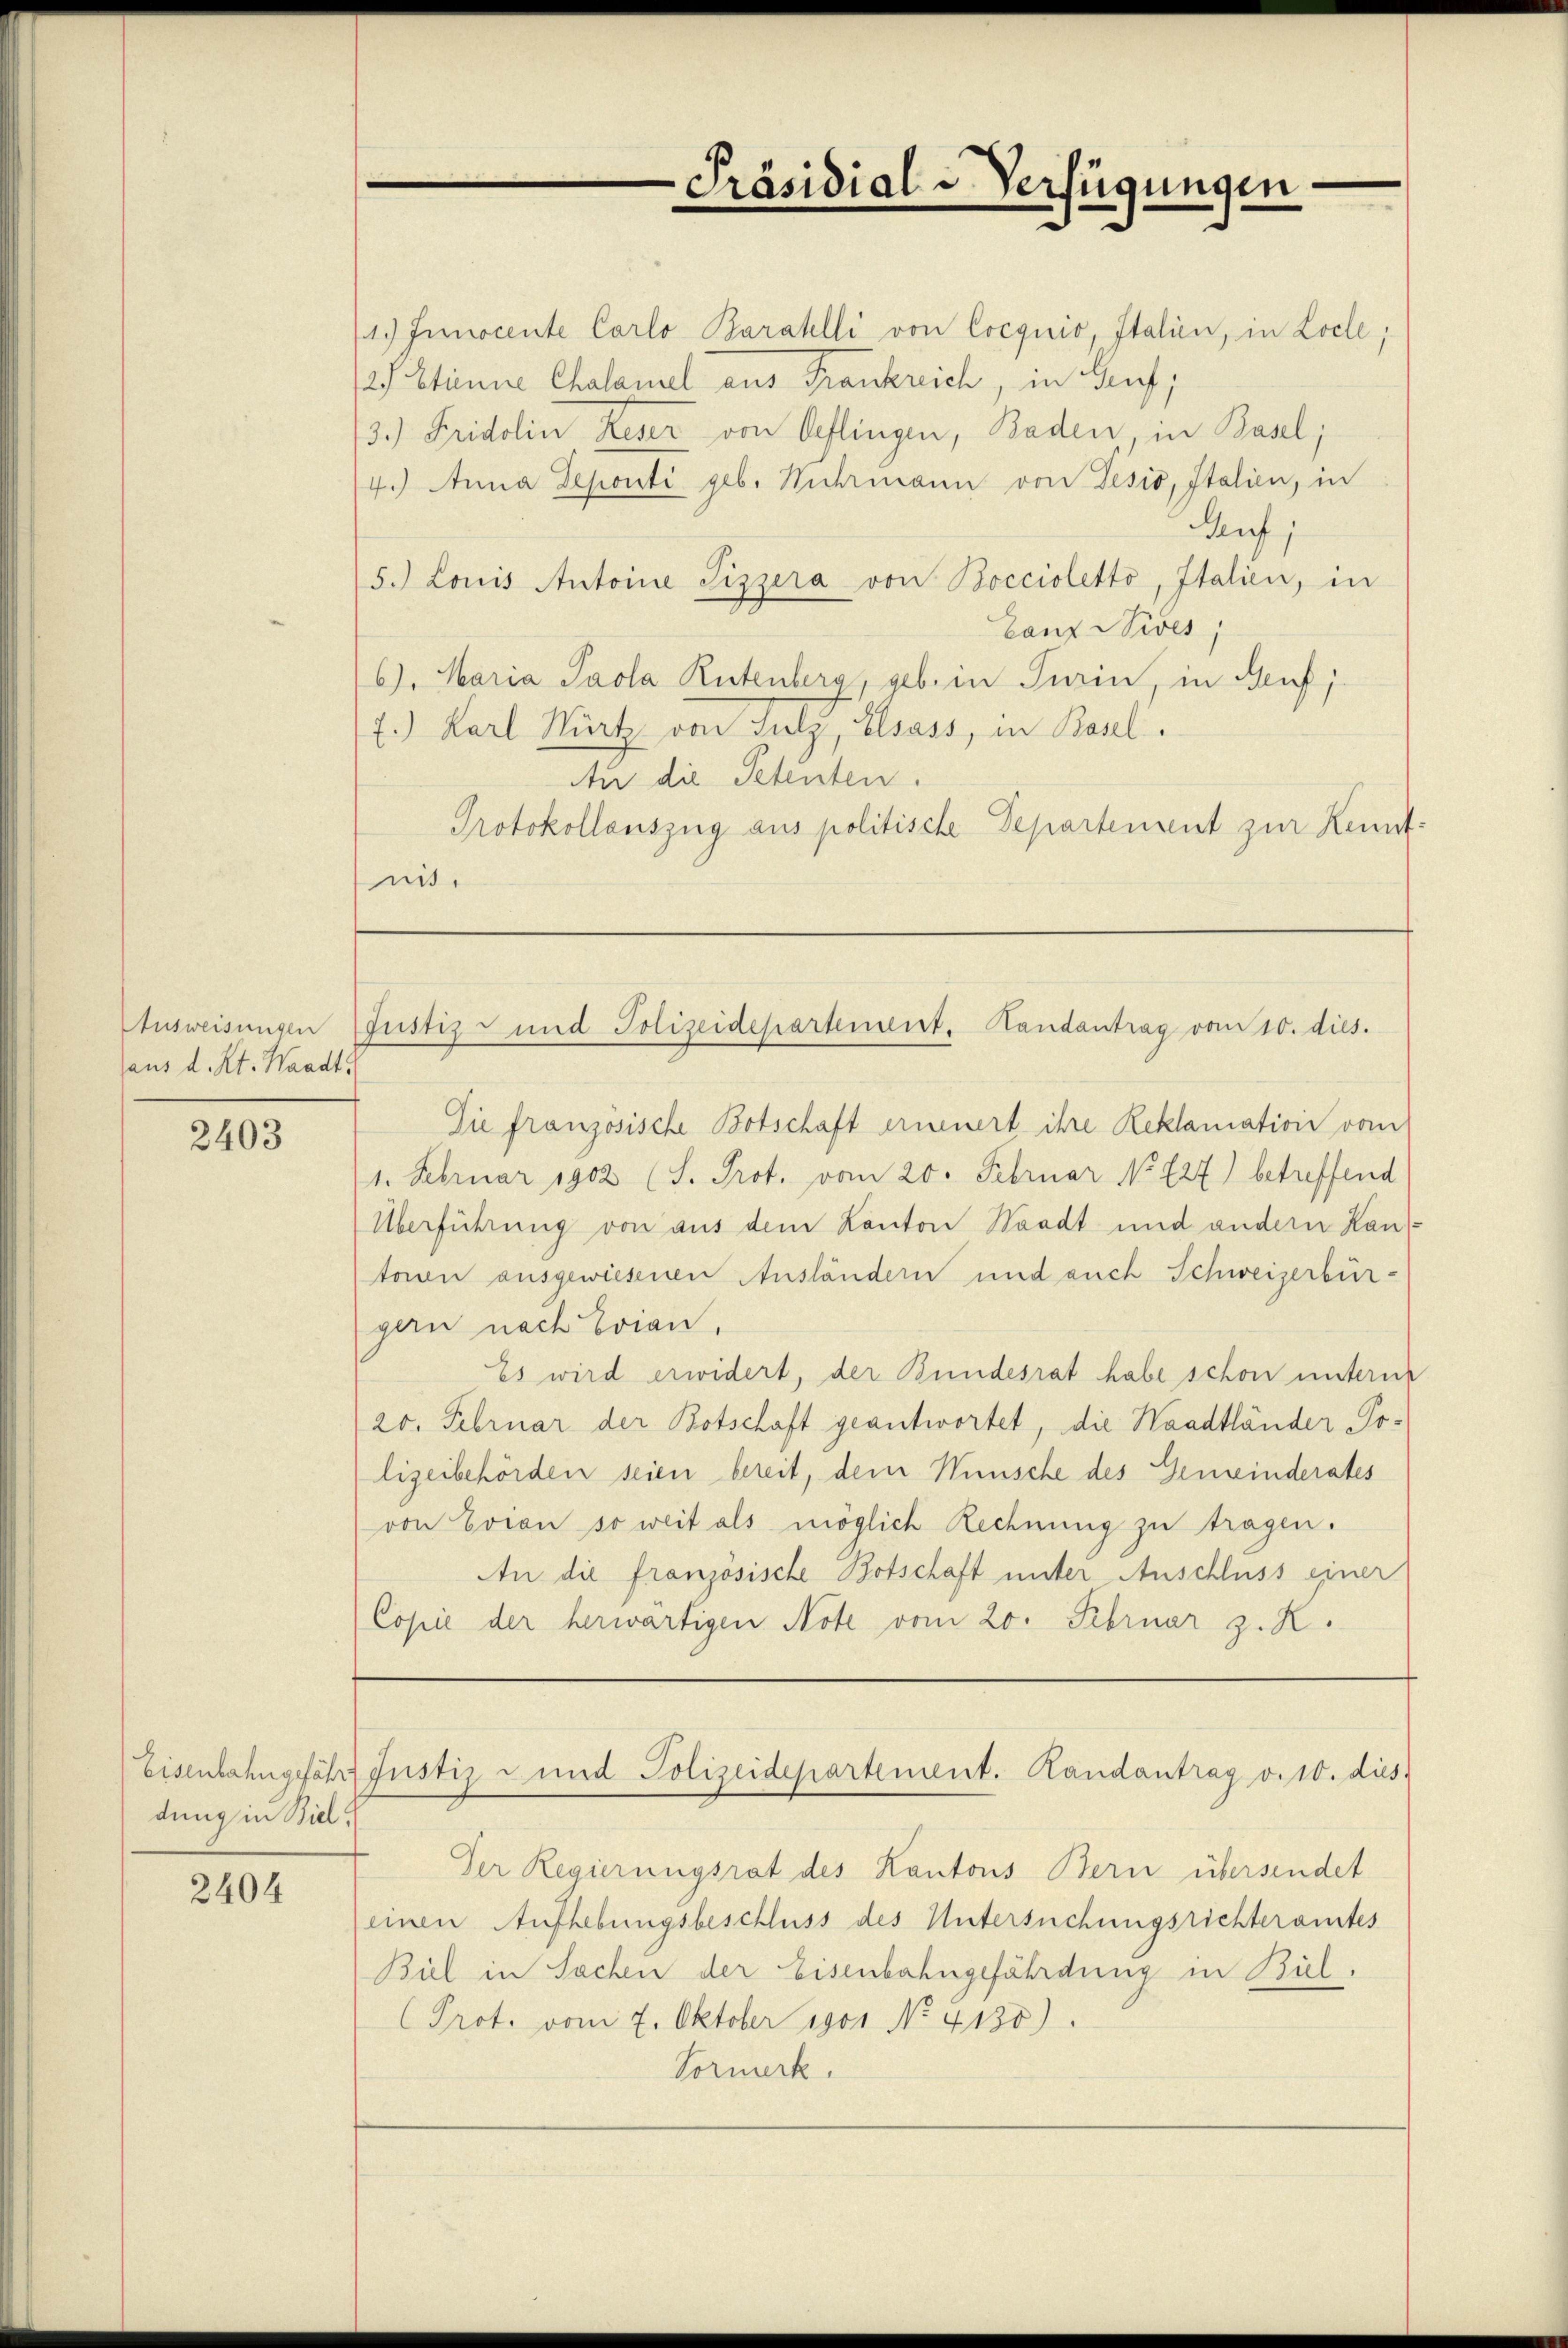
Ausweisungen
aus d. Kt. Waadt.

2403

dung in Biel

2404

1.) Jinocente Carlo Barahlli von Cocqnio, Italien, in Locle;
2) Einne Chalamuel aus Frankreich, in Gruft,
3.) Fridolin Reser von Oflingen, Baden, in Basel;
4.) Anna Deponti geb. Wuhrmann von Tesio, Italien, in
Auf,
5.) Louis Antoine Sizzera von Boccioletto, Italien, in
Ganz Wives,
6). Maria Paola Rutenberg, geb. in Turin, in Heuf;
7.) Karl Würt von Sulz, Elsass, in Basel.
An die Petenten.
Protokollauszug aus politische Departement zur Kenntnit.

Die französische Botschaft erneuert ihre Reklamation vom
1. Februar 1902 (I. Prot. vom 20. Februar No 127) betreffend
Überführung von aus dem Kanton Waadt und andern Kanteon ausgewiesenen Ausländern und auch Schweizerbürgern nach Evian,
Es wird erwidert, der Bundesrat habe schon unterm
20. Februar der Botschaft geantwortet, die Waadtländer Polizeibehörden seien bereit, dem Wünsche des Gemeinderates
von Evian so weit als möglich Rechnung zu tragen.
An die französische Botschaft unter Anschluss einer
Copie der herwärtigen Note vom 20. Februar z. R.

Präsidial-Verfügungen

Justiz- und Polizeidepartement. Handantrag vom 10. dies.

Eisenbahngefähr Justiz und Polizeidepartement. Landantrag v. 10. dies

Der Regierungsrat des Kantons Bern übersendet
einen Aufhebungsbeschluss des Untersuchungsrichteramtes
Biel in Sachen der Eisenbahngefährdung in Bil¬
Prot. vom 7. Oktober 1901 No 4130).
Vormerk.